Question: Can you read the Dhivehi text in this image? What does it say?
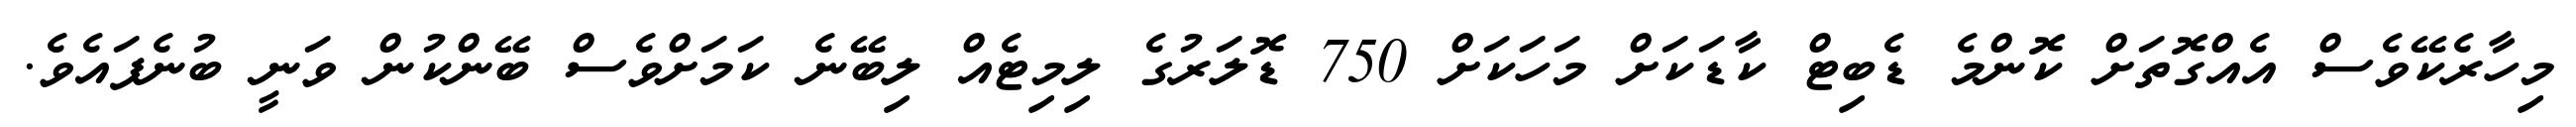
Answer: މިހާރެކޭވެސް އެއްގޮތަށް ކޮންމެ ޑެބިޓް ކާޑަކަށް މަހަކަށް 750 ޑޮލަރުގެ ލިމިޓެއް ލިބޭނެ ކަމަށްވެސް ބޭންކުން ވަނީ ބުނެފައެވެ.